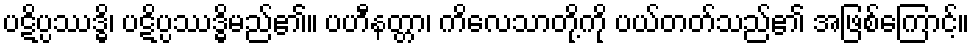
ပဋိပ္ပဿဒ္ဓိ၊ ပဋိပ္ပဿဒ္ဓိမည်၏။ ပဟီနတ္တာ၊ ကိလေသာတို့ကို ပယ်တတ်သည်၏ အဖြစ်ကြောင့်။